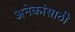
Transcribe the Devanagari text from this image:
अनेकांसाठी